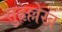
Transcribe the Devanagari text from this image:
सुहृल्लेख